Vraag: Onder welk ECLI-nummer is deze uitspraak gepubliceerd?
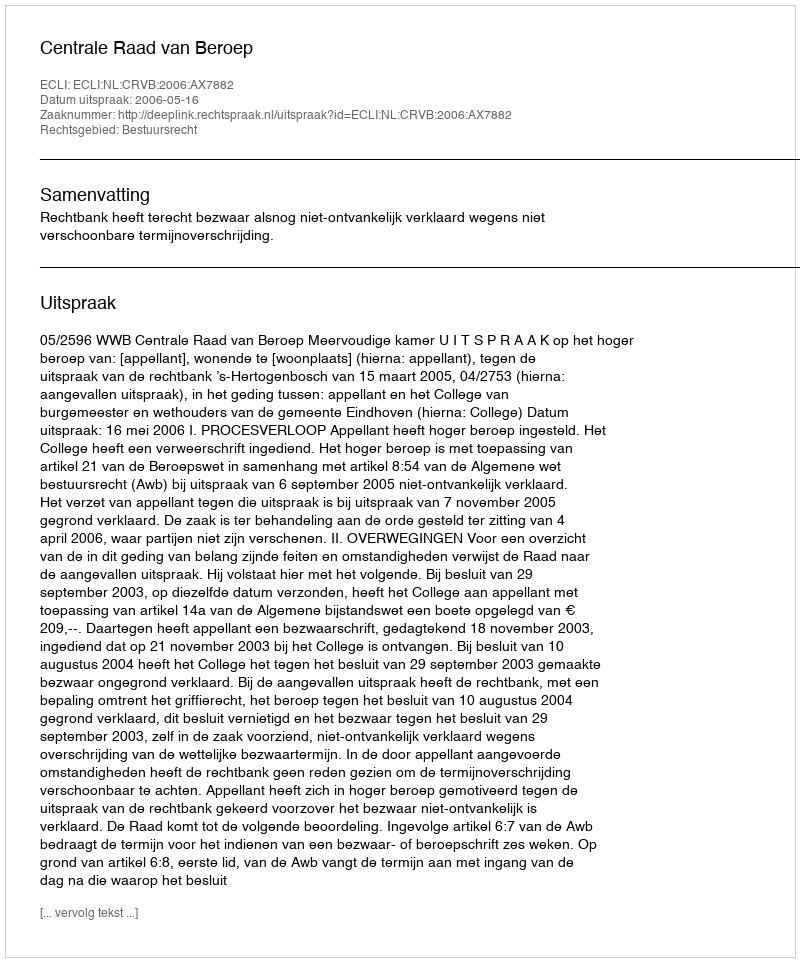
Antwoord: ECLI:NL:CRVB:2006:AX7882